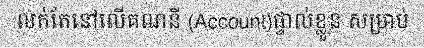
លក់តែនៅលើគណនី (Account)ផ្ទាល់ខ្លួន សម្រាប់